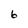
Character: 6